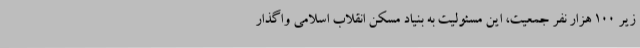
زیر 100 هزار نفر جمعیت، این مسئولیت به بنیاد مسکن انقلاب اسلامی واگذار